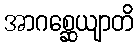
အာဂစ္ဆေယျာတိ